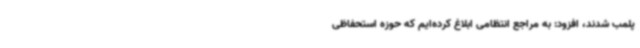
پلمب شدند، افزود: به مراجع انتظامی ابلاغ کرده‌ایم که حوزه استحفاظی